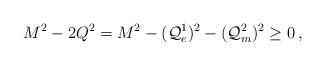
LaTeX: \begin{align*}M^{2}-2Q^{2}=M^{2}-({\cal Q}_{e}^{1})^{2}-({\cal Q}_{m}^{2})^{2}\geq 0\, ,\end{align*}